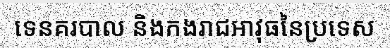
ទេនគរបាល និងកងរាជអាវុធនៃប្រទេស